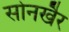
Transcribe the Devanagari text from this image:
सोनखैर